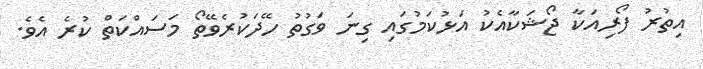
އިތުރު ފޯރިއަކާ ޖޯޝަކާއެކު އަޅުކަމުގައި ގިނަ ވަގުތު ހޭދަކުރެވޭތޯ މަސައްކަތް ކުރެ އެވެ.